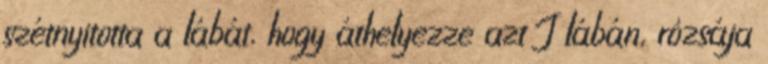
szétnyitotta a lábát, hogy áthelyezze azt J lábán, rózsája